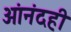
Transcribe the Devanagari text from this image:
आंनंदही